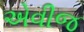
એવીજ